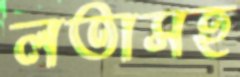
লতাসহ